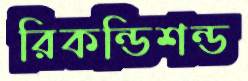
রিকন্ডিশন্ড